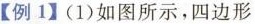
【例1】(1)如图所示，四边形